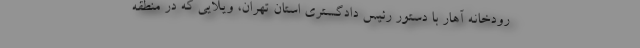
رودخانه آهار با دستور رئیس دادگستری استان تهران، ویلایی که در منطقه